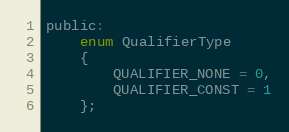
Language: C
public:
	enum QualifierType
	{
		QUALIFIER_NONE = 0,
		QUALIFIER_CONST = 1
	};